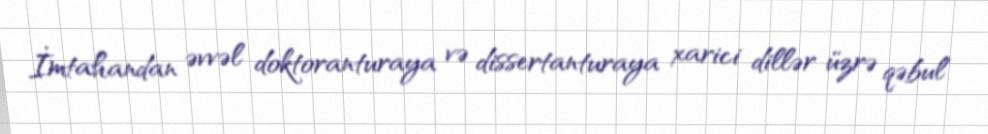
İmtahandan əvvəl doktoranturaya və dissertanturaya xarici dillər üzrə qəbul